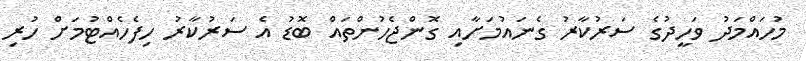
މުހައްމަދު ވަހީދުގެ ސަރުކާރު ގެނައުމަށާއި ގޮންޖެހުންތައް ބޮޑު އެ ސަރުކާރު ހިފެހެއްޓުމަށް ހުރި